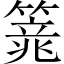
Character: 𱸢